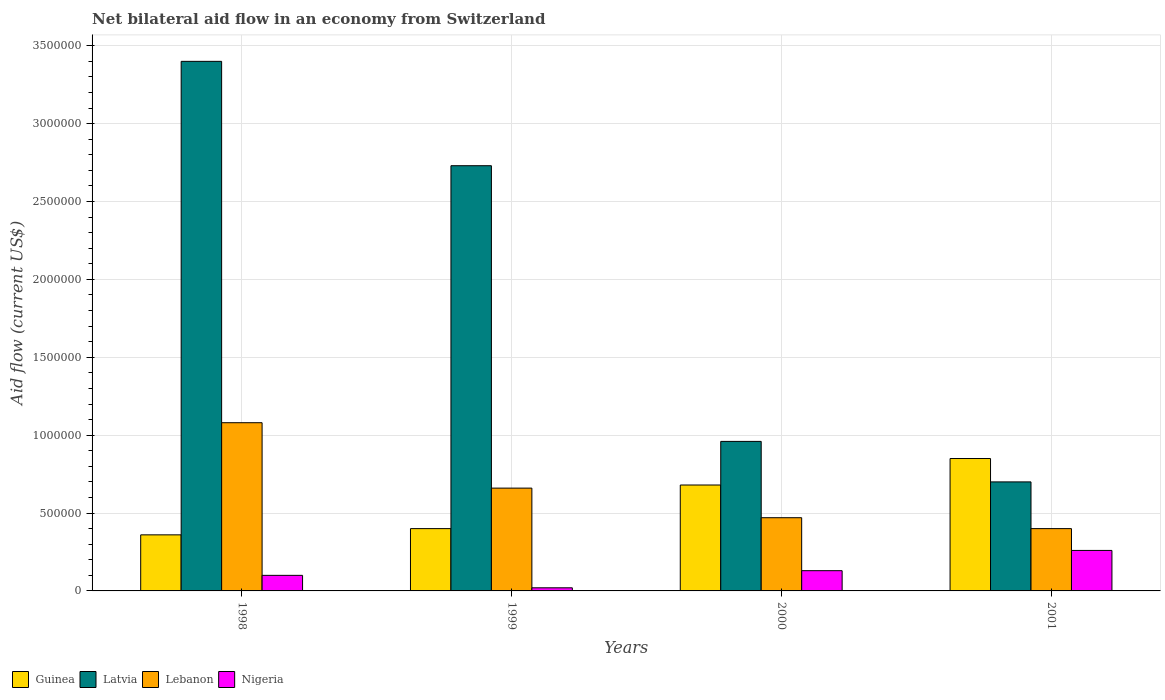
| Years | Guinea | Latvia | Lebanon | Nigeria |
 | --- | --- | --- | --- | --- |
 | 1998 | 3.6e+05 | 3.4e+06 | 1.08e+06 | 1e+05 |
 | 1999 | 4e+05 | 2.73e+06 | 6.6e+05 | 2e+04 |
 | 2000 | 6.8e+05 | 9.6e+05 | 4.7e+05 | 1.3e+05 |
 | 2001 | 8.5e+05 | 7e+05 | 4e+05 | 2.6e+05 |